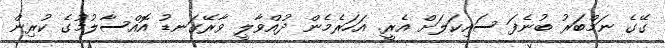
ގޭގެ ނަމްބަރު ބުނެފަ ސައިކަލަށް އެރީ. އަހަރެމެން ދުއްވާލީ ވާރޭގަނޑު އޮއްސާލުމުގެ ކުރިން